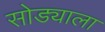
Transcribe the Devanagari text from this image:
सोड्याला